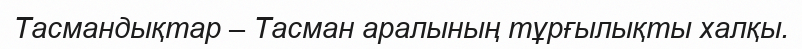
Тасмандықтар – Тасман аралының тұрғылықты халқы.